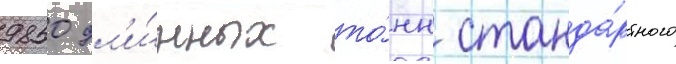
9850 дл'и́нных то́нн станда́ртного